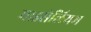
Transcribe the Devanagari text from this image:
माइसेलियम